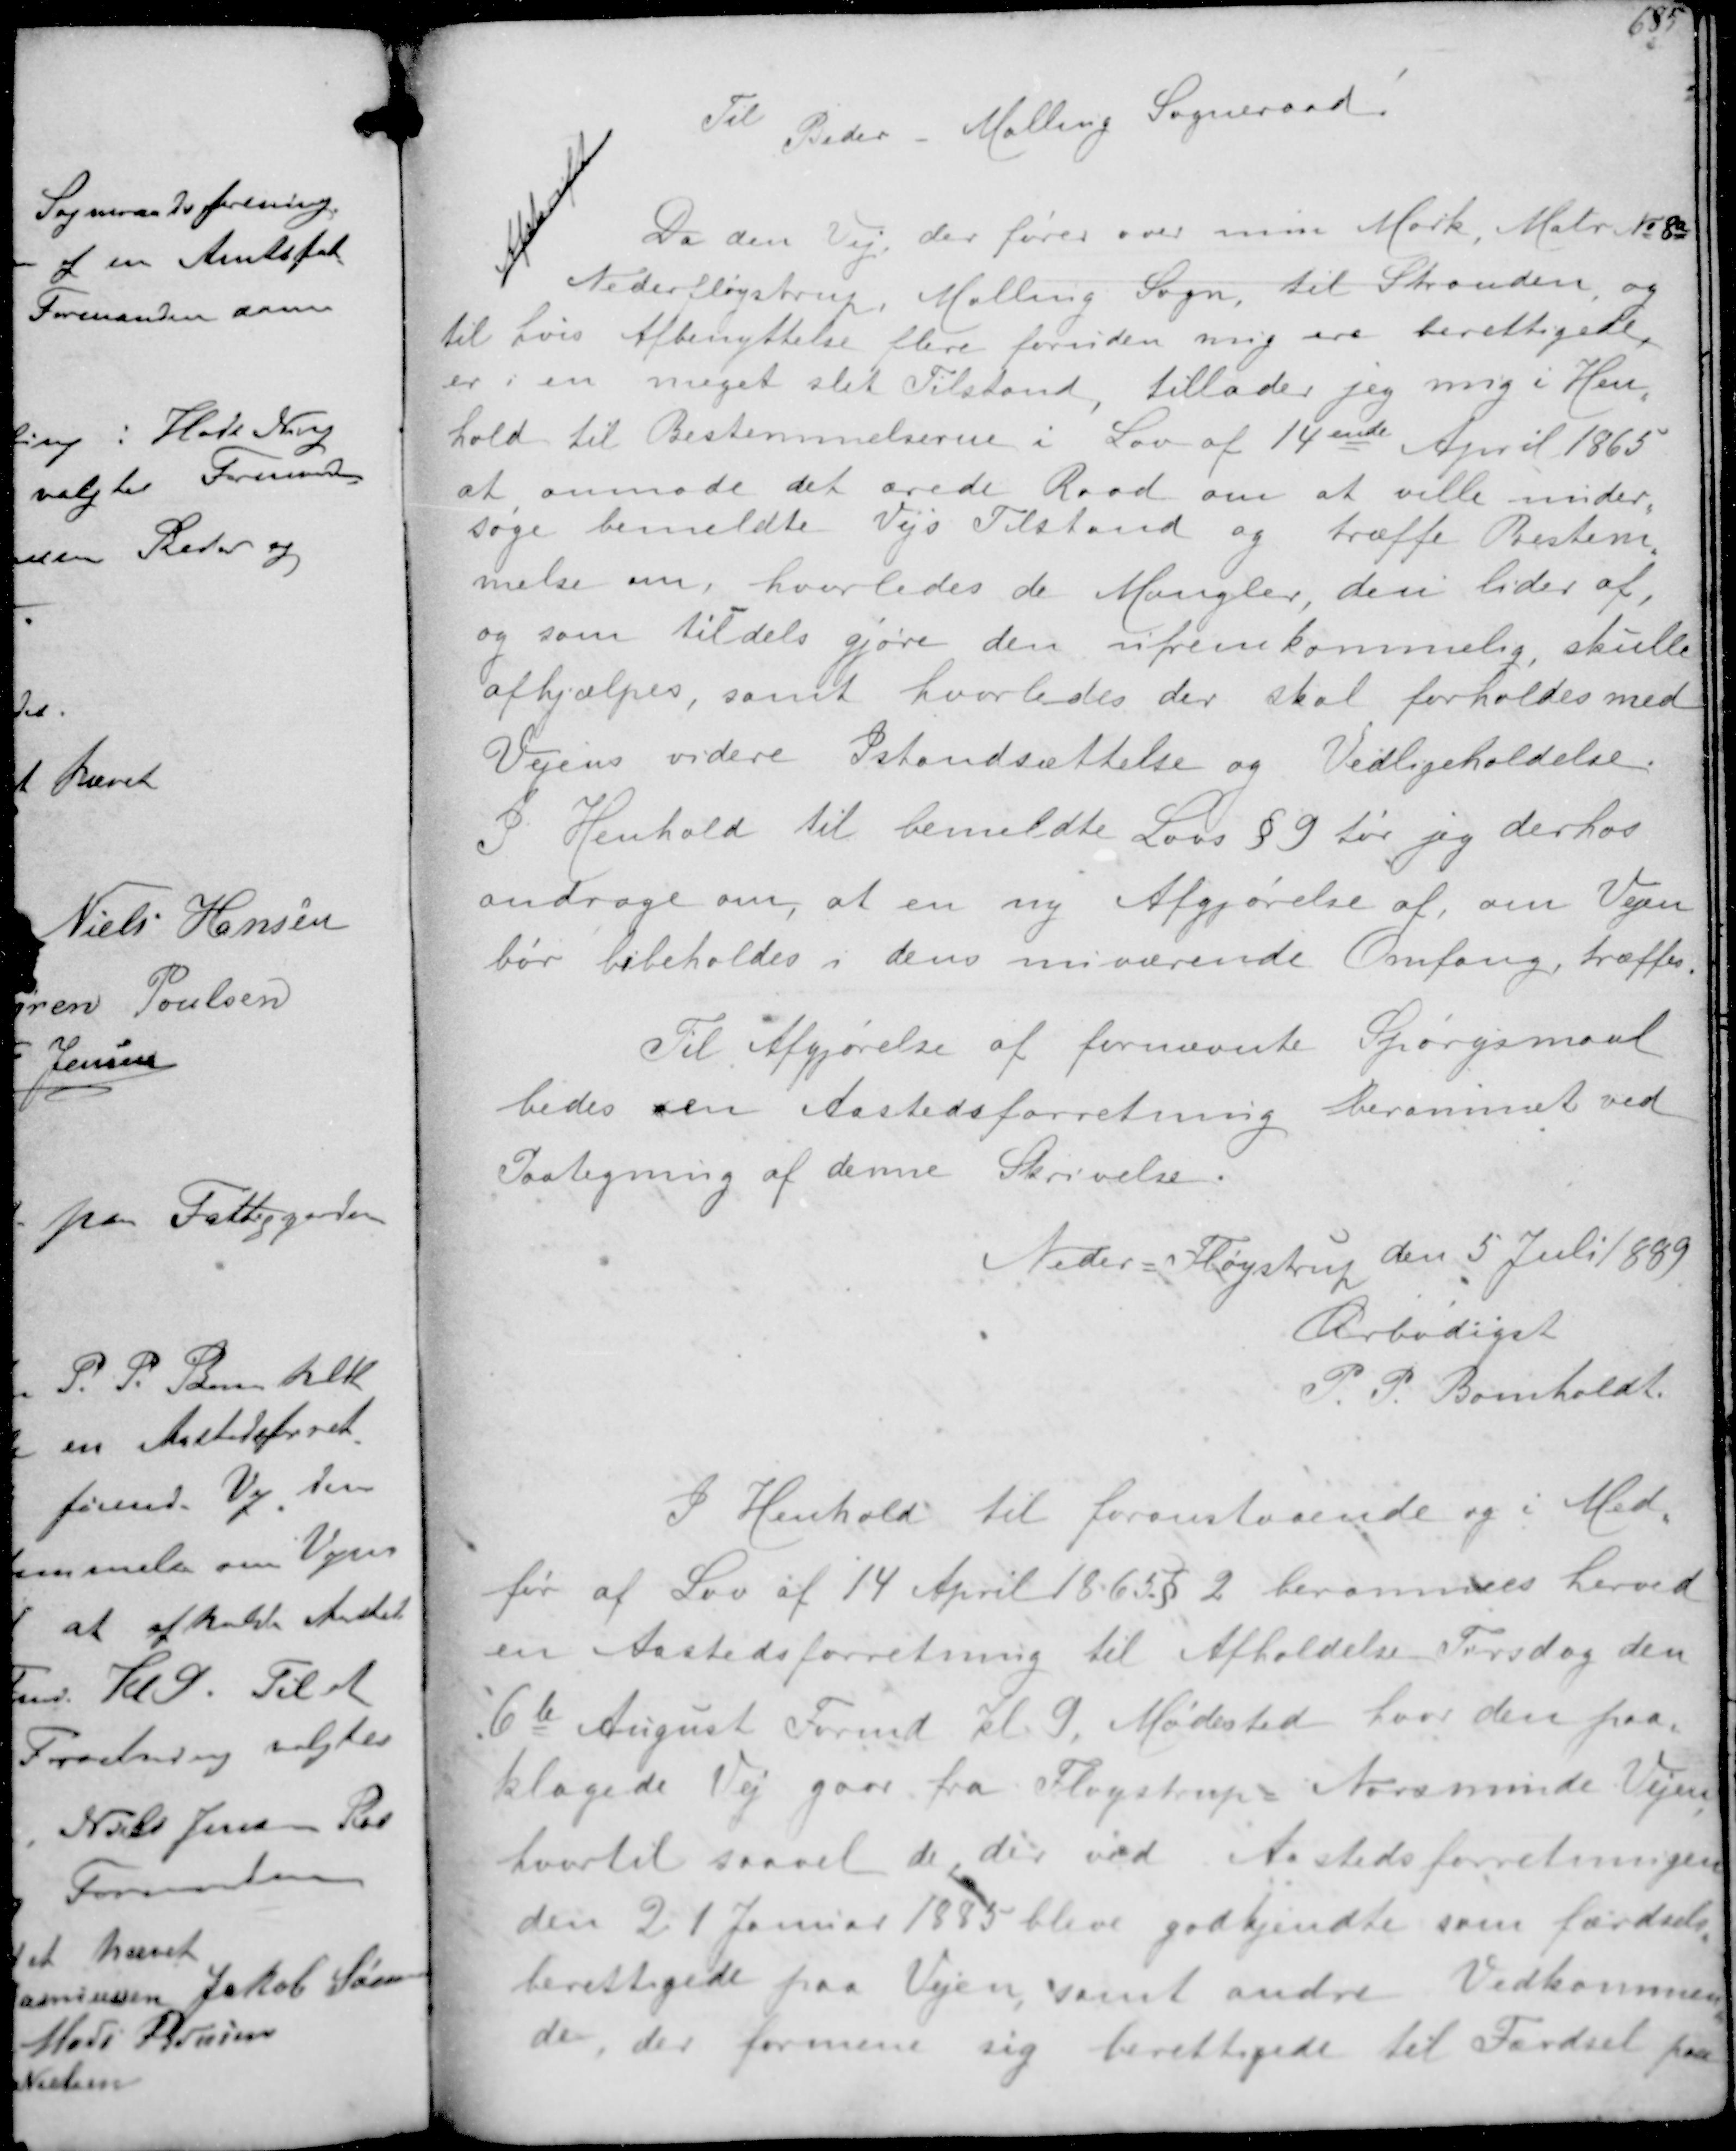
Transskription:
Afskrift

Til Beder Malling Sogneraad

Da den Vej der føres over min Mark Matr No 8a
Nederløjstrup, Malling Sogn til Stranden og
til hvis Afbenyttelse flere foruden mig ere berettigede
er i en meget slet Tilstand tillader jeg mig i Hen-
hold til Bestemmelserne i Lov af 14ende April 1865
at anmode det ærede Raad om at ville under-
søge bemeldte Vejs Tilstand og træffe Bestem-
melse om, hvorledes de Mangler, den lider af
og som tildels gjøre den ufremkommelig skulle
afhjælpes samt hvorledes der skal forholdes med
Vejens videre Istandsættelse og Vedligeholdelse
I Henhold til bemeldte Lovs § 9 tør jeg derhos
andrage om at en ny Afgjørelse af, om Vejen
bør bibeholdes i dens nuværende Omfang, træffes
Til Afgørelse af fornævnte Spørgsmaal
bedes en Aastedsforretning berammet ved
Paategning af denne Skrivelse

Neder Fløjstrup den 5 Juli 1889
Ærbødigst
P.P. Bomholdt

I Henhold til Foranstaaende og i Med-
før af Lov af 14 April 1865 §2 berammes herved
en Aastedsforretning til Afholdelse Torsdag den
6te August Formd kl. 9. Mødested hvor den paa-
klagede Vej gaar fra Fløjstrup Norsminde Vejen
hvortil saavel de der ved Aastedsforretningen
den 21 Januar 1885 bleve godkjendte som færdsels-
berettigede paa Vejen samt andre Vedkommen-
de, der formene sig berettigede til Færdsel paa